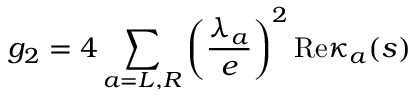
g _ { 2 } = 4 \sum _ { a = L , R } \left( \frac { \lambda _ { a } } { e } \right) ^ { 2 } \mathrm { R e } \kappa _ { a } ( s )